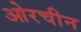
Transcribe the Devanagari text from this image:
ओरचीन